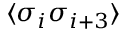
\langle \sigma _ { i } \sigma _ { i + 3 } \rangle